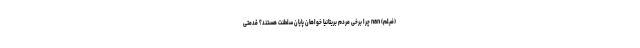
(فیلم) nan چرا برخی مردم بریتانیا خواهان پایان سلطنت هستند؟ قدمتی